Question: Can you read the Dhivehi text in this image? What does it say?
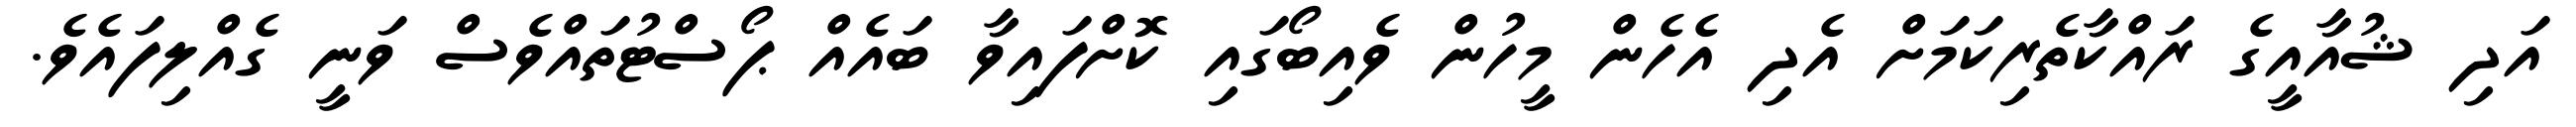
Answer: އަދި ޝުއާއީގެ ރައްކާތެރިކަމަށް އެދި އެހެން މީހުން ވެއިބޯގައި ކޮށްފައިވާ ބައެއް ޕޯސްޓުތައްވެސް ވަނީ ގެއްލިފައެވެ.